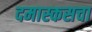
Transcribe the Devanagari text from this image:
दमास्कसचा